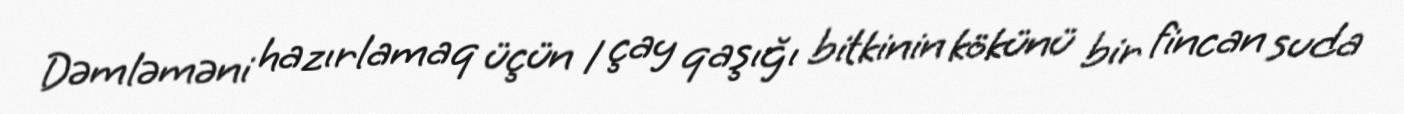
Dəmləməni hazırlamaq üçün 1 çay qaşığı bitkinin kökünü bir fincan suda